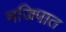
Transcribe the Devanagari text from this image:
मजिपात